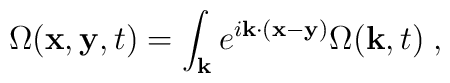
\Omega ({\bf x}, {\bf y}, t) = \int_{{\bf k}} e^{i{\bf k} \cdot ({\bf x}- {\bf y})} \Omega({\bf k}, t) \; ,